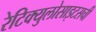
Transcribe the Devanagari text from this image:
रेटिक्युलोसाइटसची